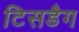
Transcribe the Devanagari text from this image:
टिसडैग